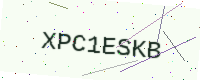
Text: XPC1ESKB